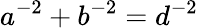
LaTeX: a^{-2}+b^{-2}=d^{-2}